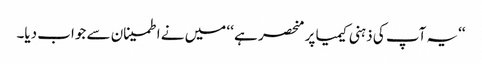
‘‘یہ آپ کی ذہنی کیمیا پر منحصر ہے ‘‘ میں نے اطمینان سے جواب دیا۔